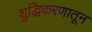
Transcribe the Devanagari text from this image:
शुद्धिकरणातून